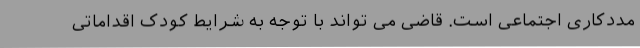
مددکاری اجتماعی است. قاضی می تواند با توجه به شرایط کودک اقداماتی